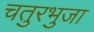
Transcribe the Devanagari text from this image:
चतुरभुजा